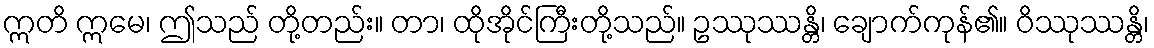
ဣတိ ဣမေ၊ ဤသည် တို့တည်း။ တာ၊ ထိုအိုင်ကြီးတို့သည်။ ဥဿုဿန္တိ၊ ချောက်ကုန်၏။ ဝိဿုဿန္တိ၊